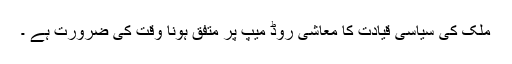
ملک کی سیاسی قیادت کا معاشی روڈ میپ پر متفق ہونا وقت کی ضرورت ہے ۔